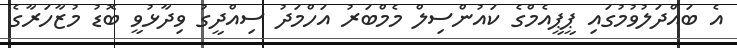
އެ ބައްދަލުވުމުގައި ޕީޕީއެމްގެ ކައުންސިލް މެމްބަރު އަހްމަދު ސިއްދީގު ވިދާޅުވީ ބޮޑު މުޒާހަރާގެ